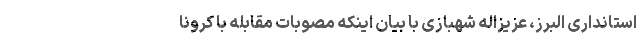
استانداری البرز، عزیزاله شهبازی با بیان اینکه مصوبات مقابله با کرونا